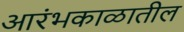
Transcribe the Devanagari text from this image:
आरंभकाळातील